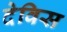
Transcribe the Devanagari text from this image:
देविस